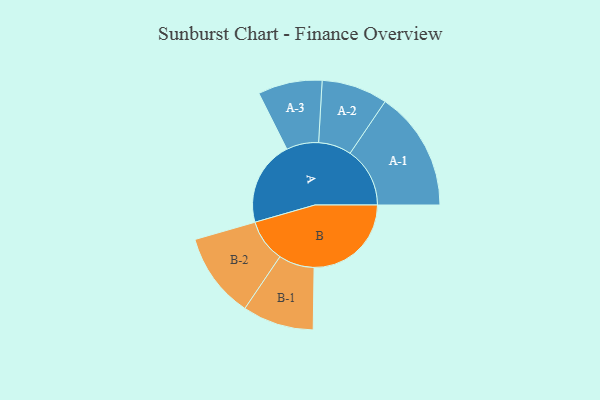
{"axis": {"x": "Segment", "y": "Value"}, "legend": ["", "A", "B"], "data": [{"x": "A", "y": 386, "type": ""}, {"x": "B", "y": 442, "type": ""}, {"x": "A-1", "y": 272, "type": "A"}, {"x": "A-2", "y": 150, "type": "A"}, {"x": "A-3", "y": 146, "type": "A"}, {"x": "B-1", "y": 162, "type": "B"}, {"x": "B-2", "y": 194, "type": "B"}]}